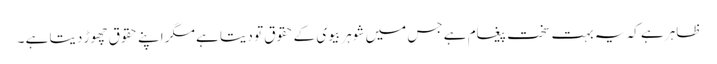
ظاہر ہے کہ یہ بہت سخت پیغام ہے جس میں شوہر بیوی کے حقوق تو دیتا ہے مگر اپنے حقوق چھوڑ دیتا ہے ۔